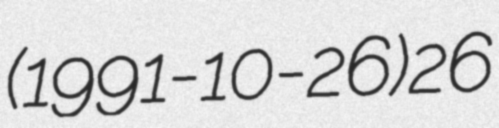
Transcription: (1991-10-26)26